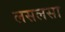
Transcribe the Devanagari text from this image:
लसलसा